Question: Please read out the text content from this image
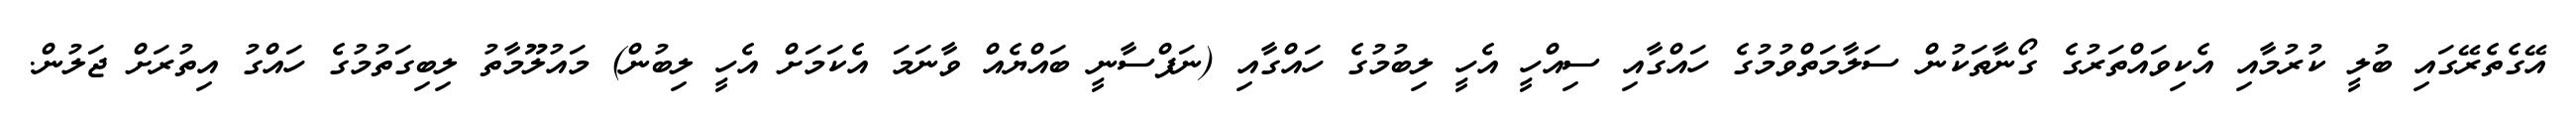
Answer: އޭގެތެރޭގައި ބުލީ ކުރުމާއި އެކިވައްތަރުގެ ގޯނާތަކުން ސަލާމަތްވުމުގެ ހައްގާއި ސިއްހީ އެހީ ލިބުމުގެ ހައްގާއި (ނަފްސާނީ ބައްޔެއް ވާނަމަ އެކަމަށް އެހީ ލިބުން) މައުލޫމާތު ލިބިގަތުމުގެ ހައްގު އިތުރަށް ޖަލުން.